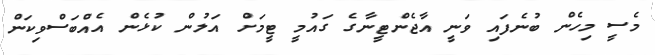
މެސީ މިހެން ބުނެފައި ވަނީ އާޖެންޓީނާގެ ގައުމީ ޓީމަށް އަލުން ކުޅެން އެއްބަސްވިކަން